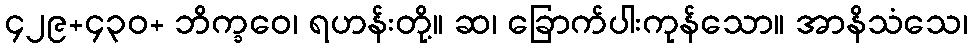
၄၂၉+၄၃၀+ ဘိက္ခဝေ၊ ရဟန်းတို့။ ဆ၊ ခြောက်ပါးကုန်သော။ အာနိသံသေ၊